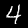
Label: 4